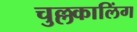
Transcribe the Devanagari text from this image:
चुल्लकालिंग